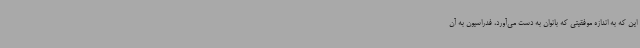
این که به اندازه موفقیتی که بانوان به دست می‌آورد، فدراسیون به آن